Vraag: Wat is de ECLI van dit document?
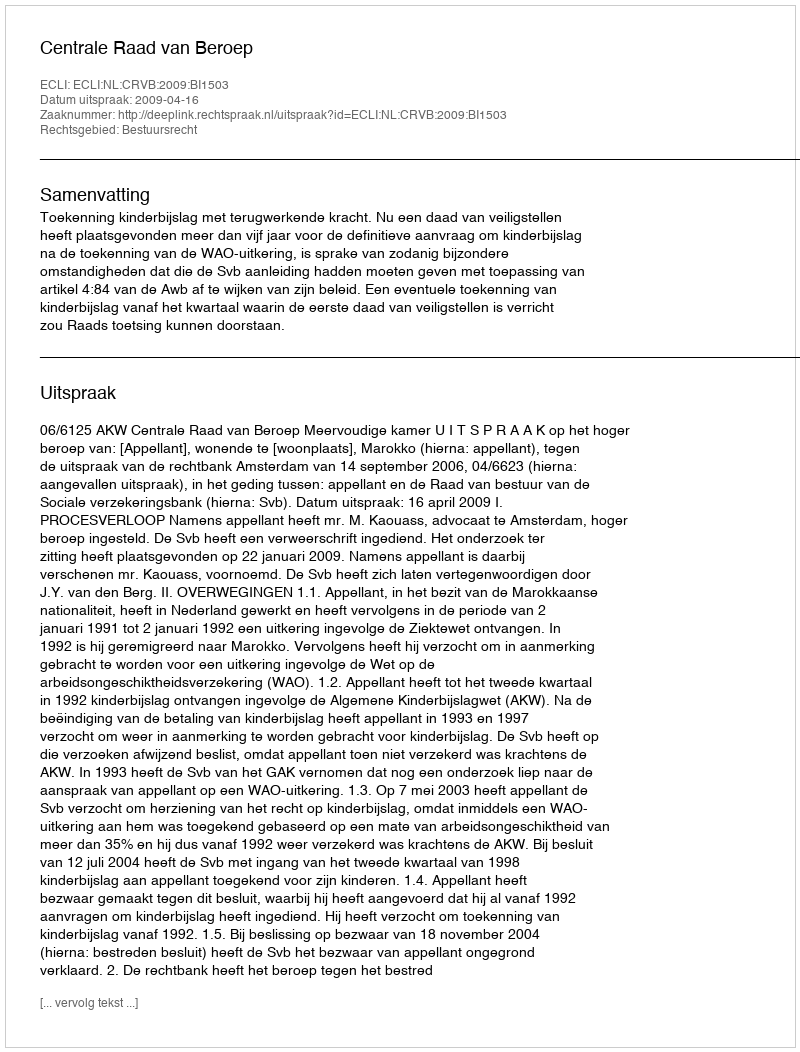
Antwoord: ECLI:NL:CRVB:2009:BI1503